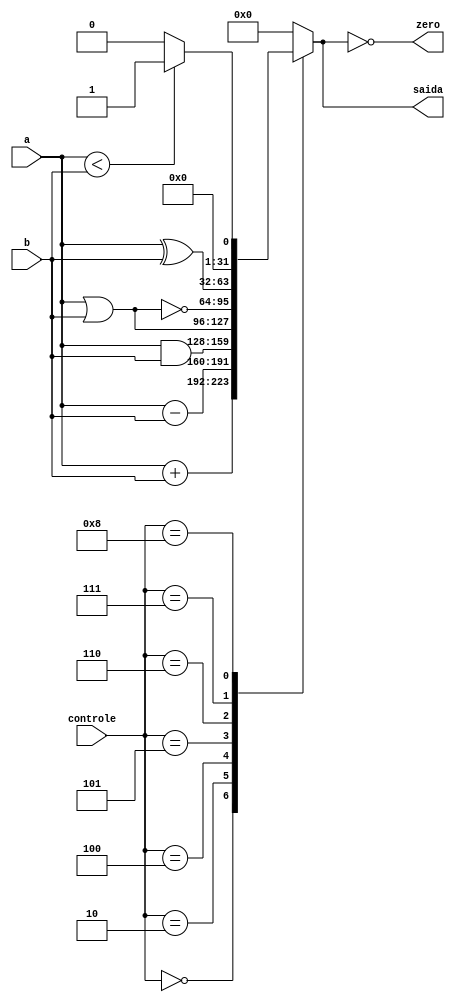
`define ALU_ADD 4'b0000
`define ALU_SUB 4'b0010
`define ALU_AND 4'b0100
`define ALU_OR  4'b0101
`define ALU_NOR 4'b0110
`define ALU_XOR 4'b0111
`define ALU_SLT 4'b1000

module ALU (controle,a,b,zero,saida);
  input wire [3:0]controle;
  input wire [31:0]a;
  input wire [31:0]b;
  output reg [31:0]saida;
  output zero;
  always @ (a or b or controle) begin
    case (controle)
      `ALU_ADD: saida <= a + b;
      `ALU_SUB: saida <= a - b;
      `ALU_AND: saida <= a & b;
      `ALU_OR:  saida <= a | b;
      `ALU_NOR: saida <= ~(a | b);
      `ALU_XOR: saida <= a ^ b;
      `ALU_SLT: saida <= a < b ? 1 : 0; // seta 1 caso a < b, caso contrario 0.//
      default: saida <= 0;
    endcase
  end
  assign zero = (saida == 0);
endmodule //ALU